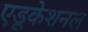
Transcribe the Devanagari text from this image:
एडूकेशनल